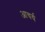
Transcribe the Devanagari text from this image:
आचर्य